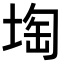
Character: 𡍒